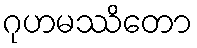
ဂုဟမဿိတော